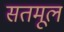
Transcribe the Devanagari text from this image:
सतमूल